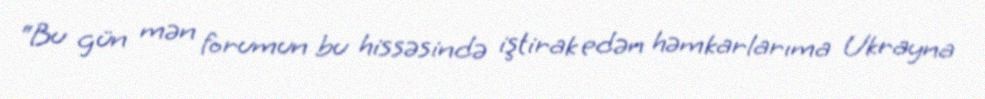
“Bu gün mən forumun bu hissəsində iştirak edən həmkarlarıma Ukrayna